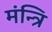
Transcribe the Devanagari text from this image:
मंन्त्रि